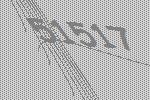
51517